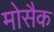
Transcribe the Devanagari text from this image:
मोसैक